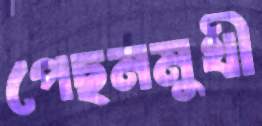
পেছনমুখী